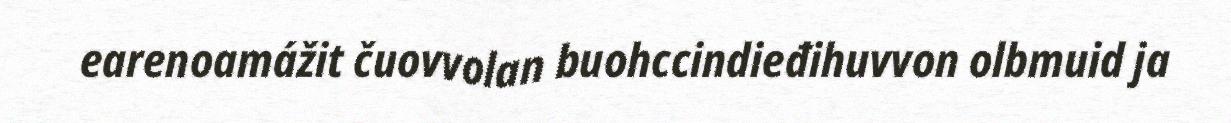
earenoamážit čuovvolan buohccindieđihuvvon olbmuid ja